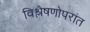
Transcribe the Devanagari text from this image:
विश्लेषणोपरांत